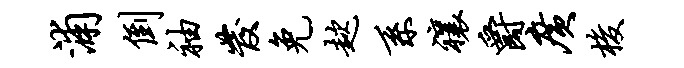
浦倒袖发免趑系禳爵广梭